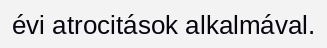
évi atrocitások alkalmával.